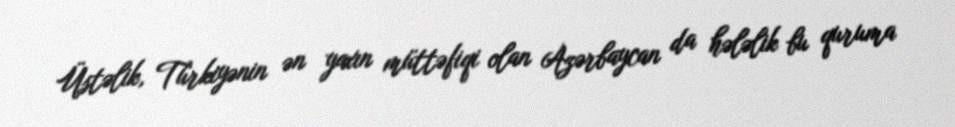
Üstəlik, Türkiyənin ən yaxın müttəfiqi olan Azərbaycan da hələlik bu quruma